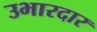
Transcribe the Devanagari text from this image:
उभारदार